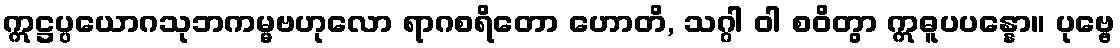
ဣဋ္ဌပ္ပယောဂသုဘကမ္မဗဟုလော ရာဂစရိတော ဟောတိ, သဂ္ဂါ ဝါ စဝိတွာ ဣဓူပပန္နော။ ပုဗ္ဗေ